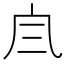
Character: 𠘹